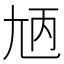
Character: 𡯞